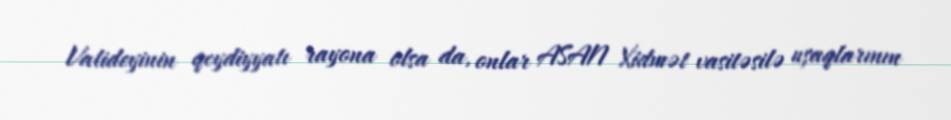
Valideyinin qeydiyyatı rayona olsa da, onlar ASAN Xidmət vasitəsilə uşaqlarının